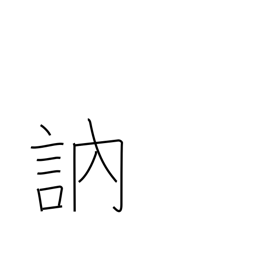
Meaning: stutter